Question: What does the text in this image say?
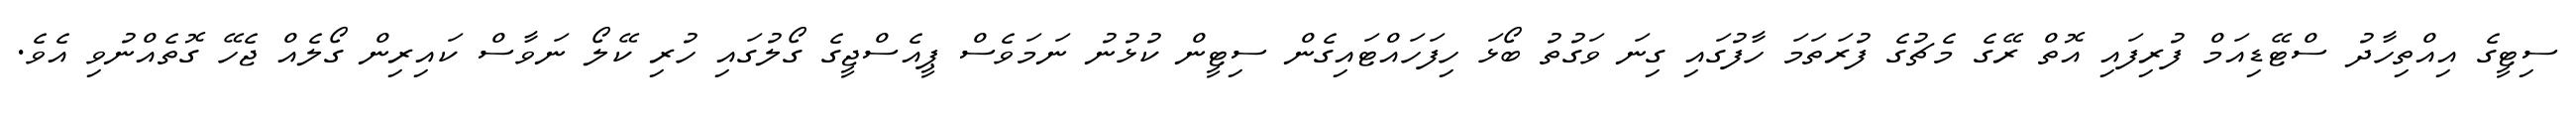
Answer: ސިޓީގެ އިއްތިހާދު ސްޓޭޑިއަމް ފުރިފައި އޮތް ރޭގެ މެޗުގެ ފުރަތަމަ ހާފުގައި ގިނަ ވަގުތު ބޯޅަ ހިފަހައްޓައިގެން ސިޓީން ކުޅުނު ނަމަވެސް ޕީއެސްޖީގެ ގޯލުގައި ހުރި ކޭލޯ ނަވާސް ކައިރިން ގޯލެއް ޖެހޭ ގޮތެއްނުވި އެވެ.